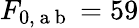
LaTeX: F_{0,\mathrm{~a~b~}}=59